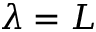
\lambda = L